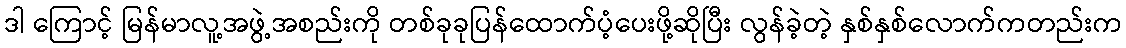
ဒါ ကြောင့် မြန်မာလူ့အဖွဲ့အစည်းကို တစ်ခုခုပြန်ထောက်ပံ့ပေးဖို့ဆိုပြီး လွန်ခဲ့တဲ့ နှစ်နှစ်လောက်ကတည်းက